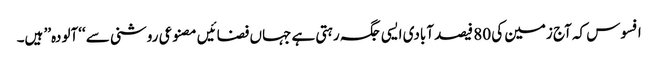
افسوس کہ آج زمین کی 80 فیصد آبادی ایسی جگہ رہتی ہے جہاں فضائیں مصنوعی روشنی سے ‘‘آلودہ’’ ہیں۔